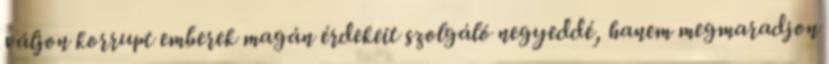
váljon korrupt emberek magán érdekeit szolgáló negyeddé, hanem megmaradjon